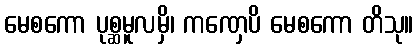
မေစကော ပုစ္ဆမူလမှိ၊ ကဏှေပိ မေစကော တိသု။